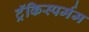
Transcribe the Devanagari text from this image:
ट्रॅकिस्पर्मम